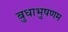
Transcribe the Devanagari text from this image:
बुधाभुषणम